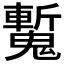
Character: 𩴕